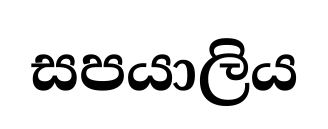
සපයාලිය